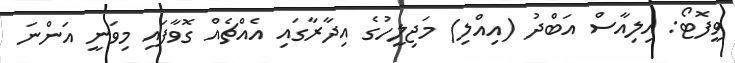
ވީފޮޓޯ: އިލިއާސް އަބްދު (އިއްލި) މަޖިލީހުގެ އިދާރާގައި އެއްޗެއް ގޮވާފައި މިވަނީ އަންނަ